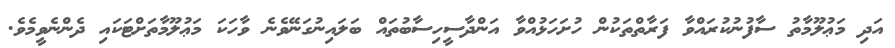
އަދި މަޢުލޫމާތު ސާފުނުކުރައްވާ ފަރާތްތަކުން ހުށަހަޅުއްވާ އަންދާސީހިސާބުތައް ބަލައިނުގަނޭވެނެ ވާހަކަ މަޢުލޫމާތަށްޓަކައި ދެންނެވީމެވެ.